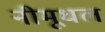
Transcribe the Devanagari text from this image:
नीमूधल